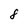
Character: 8